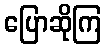
ပြောဆိုကြ